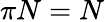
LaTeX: \pi N=N